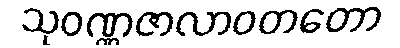
သုဝဏ္ဏဇာလာဝတတော